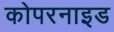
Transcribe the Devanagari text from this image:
कोपरनाइड